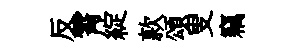
反霄綻款頌叟竊